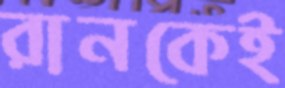
রানকেই